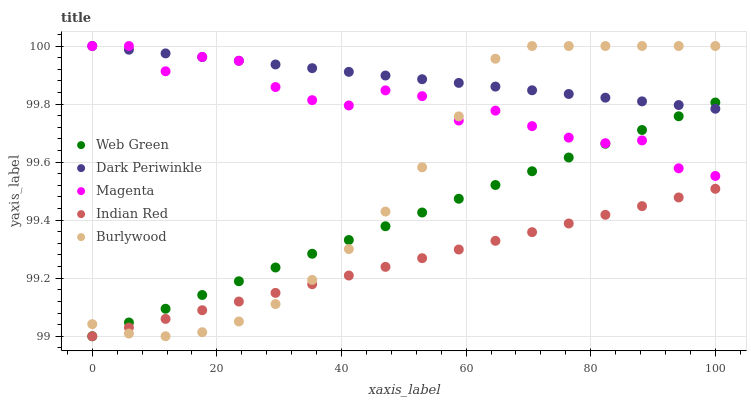
| xaxis_label | Web Green | Dark Periwinkle | Magenta | Indian Red | Burlywood |
 | --- | --- | --- | --- | --- | --- |
 | 0 | 99 | 100 | 100 | 99 | 99 |
 | 5.88 | 99 | 100 | 100 | 99 | 99 |
 | 11.8 | 99.1 | 100 | 99.9 | 99.1 | 99 |
 | 17.6 | 99.1 | 100 | 100 | 99.1 | 99 |
 | 23.5 | 99.2 | 99.9 | 99.9 | 99.1 | 99.1 |
 | 29.4 | 99.2 | 99.9 | 99.9 | 99.1 | 99.1 |
 | 35.3 | 99.3 | 99.9 | 99.8 | 99.2 | 99.2 |
 | 41.2 | 99.3 | 99.9 | 99.8 | 99.2 | 99.3 |
 | 47.1 | 99.4 | 99.9 | 99.8 | 99.2 | 99.4 |
 | 52.9 | 99.4 | 99.9 | 99.8 | 99.3 | 99.6 |
 | 58.8 | 99.5 | 99.9 | 99.7 | 99.3 | 99.8 |
 | 64.7 | 99.5 | 99.9 | 99.8 | 99.3 | 100 |
 | 70.6 | 99.6 | 99.8 | 99.7 | 99.4 | 100 |
 | 76.5 | 99.6 | 99.8 | 99.7 | 99.4 | 100 |
 | 82.4 | 99.7 | 99.8 | 99.7 | 99.4 | 100 |
 | 88.2 | 99.7 | 99.8 | 99.7 | 99.4 | 100 |
 | 94.1 | 99.8 | 99.8 | 99.6 | 99.5 | 100 |
 | 100 | 99.8 | 99.8 | 99.6 | 99.5 | 100 |